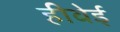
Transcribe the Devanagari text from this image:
हीबेई